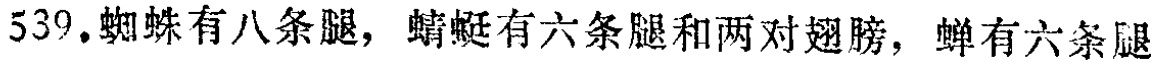
539. 蜘蛛有八条腿，蜻蜓有六条腿和两对翅膀，蝉有六条腿